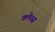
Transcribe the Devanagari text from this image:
क्लेव्स